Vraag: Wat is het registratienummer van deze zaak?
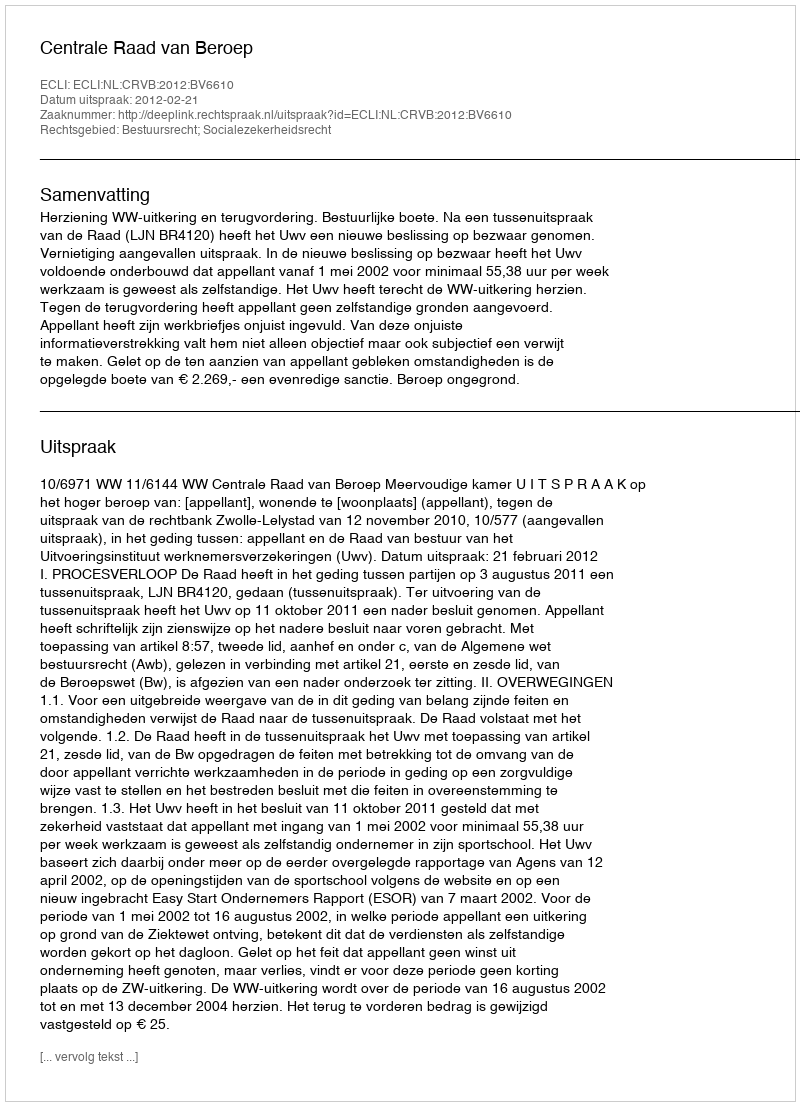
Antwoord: http://deeplink.rechtspraak.nl/uitspraak?id=ECLI:NL:CRVB:2012:BV6610